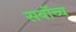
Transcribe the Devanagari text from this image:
सर्बोच्च